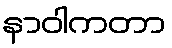
နာဝါကတာ